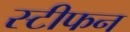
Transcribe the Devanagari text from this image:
स्‍टीफन